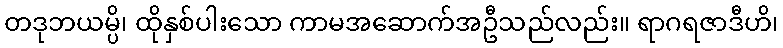
တဒုဘယမ္ပိ၊ ထိုနှစ်ပါးသော ကာမအဆောက်အဦသည်လည်း။ ရာဂရဇာဒီဟိ၊